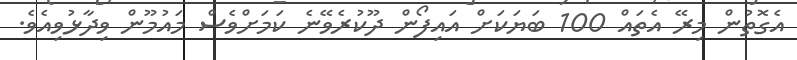
އެގޮތުން މިރޭ އެތައް 100 ބަޔަކަށް އައިފޯން ދޫކުރެވޭނެ ކަމަށްވެސް މައުމޫން ވިދާޅުވިއެވެ.